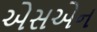
એસએન